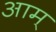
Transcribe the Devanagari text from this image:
आम्